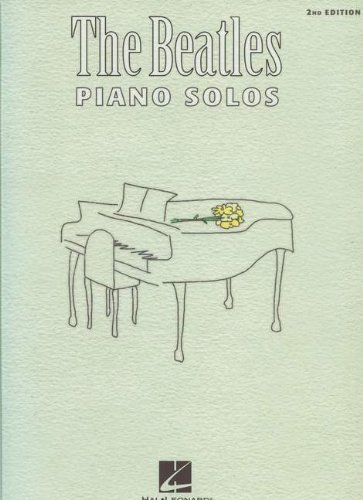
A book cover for The Beatles Piano Solos; The Beatles; Humor & Entertainment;